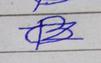
Signature authenticity: forged